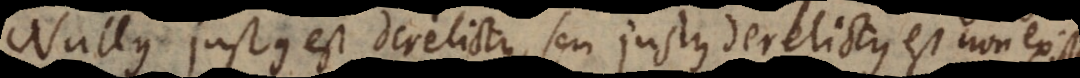
Nullus justus est derelictus, seu justus derelictus est non ex